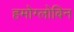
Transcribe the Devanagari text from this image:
हमोग्लोबिन